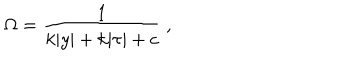
LaTeX: \Omega = { \frac { 1 } { \displaystyle { k | y | + k | \tau | + c } } } ~ , ~ \,